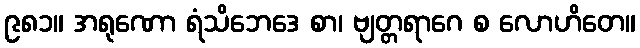
၉၈၁။ အရုဏော ရံသိဘေဒေ စာ၊ ဗျတ္တရာဂေ စ လောဟိတေ။